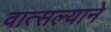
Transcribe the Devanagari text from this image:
वात्सल्याने